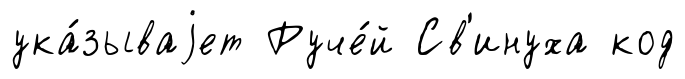
ука́зываjет Руче́й Св'инуха код